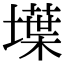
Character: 𡑢